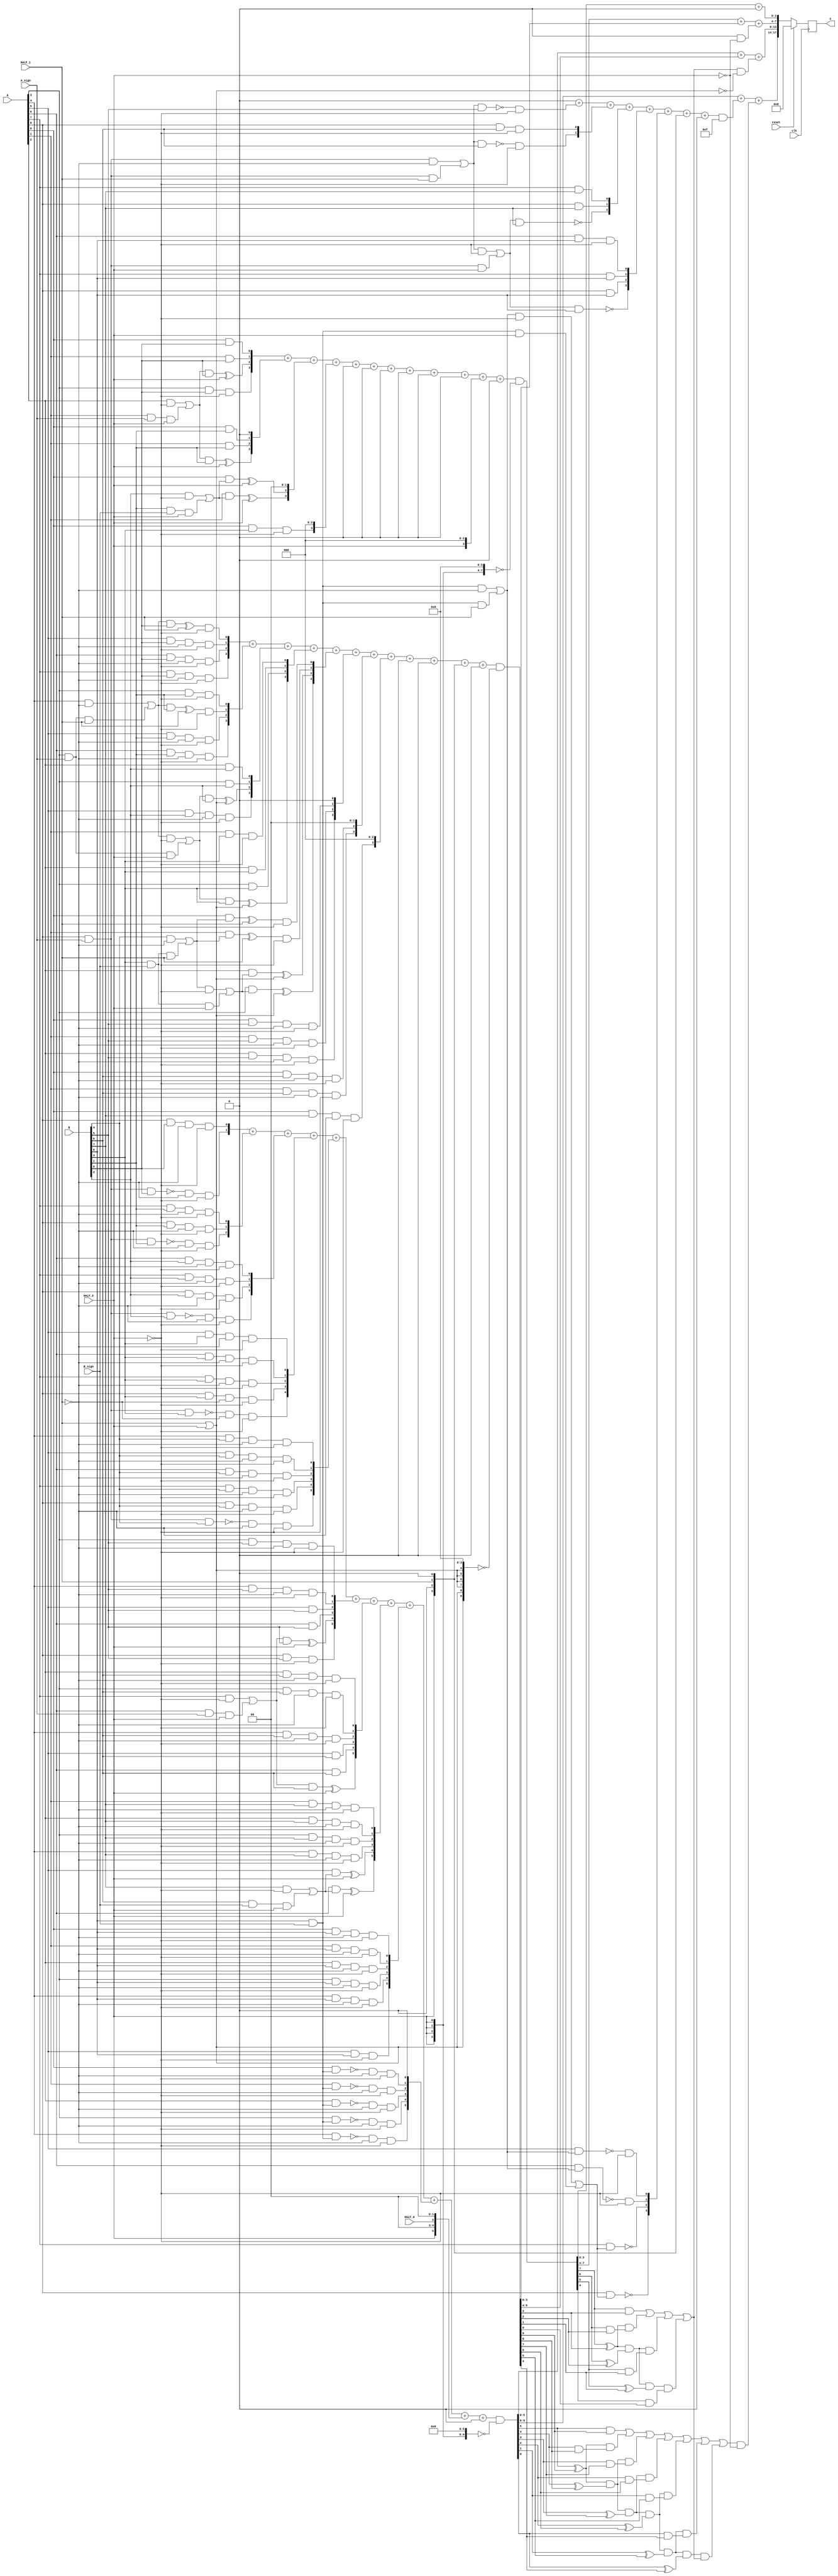
module multiplier_S_C3x3_F2_9bits_9bits_HighLevelDescribed_auto(
		input clk,
		input reset,

		input [A_chop_size-1:0] A,
		input [B_chop_size-1:0] B,

		input A_sign,
		input B_sign,

		input HALF_0,	// a selector bit to switch computation to half mode level 0
		input HALF_1,	// a selector bit to switch computation to half mode level 1
		input HALF_2,	// a selector bit to switch computation to half mode level 2

		output reg [A_chop_size+B_chop_size-1:0] C
	);

parameter A_chop_size = 9;
parameter B_chop_size = 9;

// to support both signed and unsigned multiplication
// sign extension regarding extra sign identifier
wire A_extended_level0_0;
wire B_extended_level0_0;
assign A_extended_level0_0 = (A[8])&(A_sign);
assign B_extended_level0_0 = (B[8])&(B_sign);

wire A_extended_level1_0;
wire B_extended_level1_0;
assign A_extended_level1_0 = (A[8])&(A_sign);
assign B_extended_level1_0 = (B[8])&(B_sign);
wire A_extended_level1_1;
wire B_extended_level1_1;
assign A_extended_level1_1 = (A[3])&(A_sign);
assign B_extended_level1_1 = (B[3])&(B_sign);

wire A_extended_level2_0;
wire B_extended_level2_0;
assign A_extended_level2_0 = (A[8])&(A_sign);
assign B_extended_level2_0 = (B[8])&(B_sign);
wire A_extended_level2_1;
wire B_extended_level2_1;
assign A_extended_level2_1 = (A[6])&(A_sign);
assign B_extended_level2_1 = (B[6])&(B_sign);
wire A_extended_level2_2;
wire B_extended_level2_2;
assign A_extended_level2_2 = (A[3])&(A_sign);
assign B_extended_level2_2 = (B[3])&(B_sign);
wire A_extended_level2_3;
wire B_extended_level2_3;
assign A_extended_level2_3 = (A[1])&(A_sign);
assign B_extended_level2_3 = (B[1])&(B_sign);


reg [A_chop_size:0] PP [B_chop_size:0];
always @(*) begin
	PP[0][0] = (A[0])&(B[0]);
	PP[0][1] = (A[1])&(B[0]);
	PP[0][2] = ((((A[2])&(~(HALF_2)))|((A_extended_level2_3)&(HALF_2)))&(B[0]))^(HALF_2);
	PP[0][3] = ((A[3])&(B[0]))&(~(HALF_2));
	PP[0][4] = (((((A[4])&(~(HALF_1)))|((A_extended_level1_1)&(HALF_1)))&(B[0]))^(HALF_1))&(~(HALF_2));
	PP[0][5] = (((A[5])&(B[0]))&(~(HALF_1)))&(~(HALF_2));
	PP[0][6] = (((A[6])&(B[0]))&(~(HALF_1)))&(~(HALF_2));
	PP[0][7] = (((A[7])&(B[0]))&(~(HALF_1)))&(~(HALF_2));
	PP[0][8] = (((A[8])&(B[0]))&(~(HALF_1)))&(~(HALF_2));
	PP[0][9] = ((~((A_extended_level0_0)&(B[0])))&(~(HALF_1)))&(~(HALF_2));
	PP[1][0] = (A[0])&(B[1]);
	PP[1][1] = (A[1])&(B[1]);
	PP[1][2] = ((((A[2])&(~(HALF_2)))|((A_extended_level2_3)&(HALF_2)))&(B[1]))^(HALF_2);
	PP[1][3] = ((A[3])&(B[1]))&(~(HALF_2));
	PP[1][4] = (((((A[4])&(~(HALF_1)))|((A_extended_level1_1)&(HALF_1)))&(B[1]))^(HALF_1))&(~(HALF_2));
	PP[1][5] = (((A[5])&(B[1]))&(~(HALF_1)))&(~(HALF_2));
	PP[1][6] = (((A[6])&(B[1]))&(~(HALF_1)))&(~(HALF_2));
	PP[1][7] = (((A[7])&(B[1]))&(~(HALF_1)))&(~(HALF_2));
	PP[1][8] = (((A[8])&(B[1]))&(~(HALF_1)))&(~(HALF_2));
	PP[1][9] = ((~((A_extended_level0_0)&(B[1])))&(~(HALF_1)))&(~(HALF_2));
	PP[2][0] = ((A[0])&(((B[2])&(~(HALF_2)))|((B_extended_level2_3)&(HALF_2))))^(HALF_2);
	PP[2][1] = ((A[1])&(((B[2])&(~(HALF_2)))|((B_extended_level2_3)&(HALF_2))))^(HALF_2);
	PP[2][2] = (A[2])&(B[2]);
	PP[2][3] = (A[3])&(B[2]);
	PP[2][4] = ((((((A[4])&(~(HALF_1)))|((A_extended_level1_1)&(HALF_1)))&(~(HALF_2)))|((A_extended_level2_2)&(HALF_2)))&(B[2]))^((HALF_1)|(HALF_2));
	PP[2][5] = (((A[5])&(B[2]))&(~(HALF_1)))&(~(HALF_2));
	PP[2][6] = (((A[6])&(B[2]))&(~(HALF_1)))&(~(HALF_2));
	PP[2][7] = (((A[7])&(B[2]))&(~(HALF_1)))&(~(HALF_2));
	PP[2][8] = (((A[8])&(B[2]))&(~(HALF_1)))&(~(HALF_2));
	PP[2][9] = ((~((A_extended_level0_0)&(B[2])))&(~(HALF_1)))&(~(HALF_2));
	PP[3][0] = ((A[0])&(B[3]))&(~(HALF_2));
	PP[3][1] = ((A[1])&(B[3]))&(~(HALF_2));
	PP[3][2] = (A[2])&(B[3]);
	PP[3][3] = (A[3])&(B[3]);
	PP[3][4] = ((((((A[4])&(~(HALF_1)))|((A_extended_level1_1)&(HALF_1)))&(~(HALF_2)))|((A_extended_level2_2)&(HALF_2)))&(B[3]))^((HALF_1)|(HALF_2));
	PP[3][5] = (((A[5])&(B[3]))&(~(HALF_1)))&(~(HALF_2));
	PP[3][6] = (((A[6])&(B[3]))&(~(HALF_1)))&(~(HALF_2));
	PP[3][7] = (((A[7])&(B[3]))&(~(HALF_1)))&(~(HALF_2));
	PP[3][8] = (((A[8])&(B[3]))&(~(HALF_1)))&(~(HALF_2));
	PP[3][9] = ((~((A_extended_level0_0)&(B[3])))&(~(HALF_1)))&(~(HALF_2));
	PP[4][0] = (((A[0])&(((B[4])&(~(HALF_1)))|((B_extended_level1_1)&(HALF_1))))^(HALF_1))&(~(HALF_2));
	PP[4][1] = (((A[1])&(((B[4])&(~(HALF_1)))|((B_extended_level1_1)&(HALF_1))))^(HALF_1))&(~(HALF_2));
	PP[4][2] = ((A[2])&(((((B[4])&(~(HALF_1)))|((B_extended_level1_1)&(HALF_1)))&(~(HALF_2)))|((B_extended_level2_2)&(HALF_2))))^((HALF_1)|(HALF_2));
	PP[4][3] = ((A[3])&(((((B[4])&(~(HALF_1)))|((B_extended_level1_1)&(HALF_1)))&(~(HALF_2)))|((B_extended_level2_2)&(HALF_2))))^((HALF_1)|(HALF_2));
	PP[4][4] = (((A[4])&(B[4]))&(~(HALF_1)))&(~(HALF_2));
	PP[4][5] = (((A[5])&(B[4]))&(~(HALF_1)))&(~(HALF_2));
	PP[4][6] = (((A[6])&(B[4]))&(~(HALF_1)))&(~(HALF_2));
	PP[4][7] = (((A[7])&(B[4]))&(~(HALF_1)))&(~(HALF_2));
	PP[4][8] = (((A[8])&(B[4]))&(~(HALF_1)))&(~(HALF_2));
	PP[4][9] = ((~((A_extended_level0_0)&(B[4])))&(~(HALF_1)))&(~(HALF_2));
	PP[5][0] = (((A[0])&(B[5]))&(~(HALF_1)))&(~(HALF_2));
	PP[5][1] = (((A[1])&(B[5]))&(~(HALF_1)))&(~(HALF_2));
	PP[5][2] = (((A[2])&(B[5]))&(~(HALF_1)))&(~(HALF_2));
	PP[5][3] = (((A[3])&(B[5]))&(~(HALF_1)))&(~(HALF_2));
	PP[5][4] = (((A[4])&(B[5]))&(~(HALF_1)))&(~(HALF_2));
	PP[5][5] = (A[5])&(B[5]);
	PP[5][6] = (A[6])&(B[5]);
	PP[5][7] = ((((A[7])&(~(HALF_2)))|((A_extended_level2_1)&(HALF_2)))&(B[5]))^(HALF_2);
	PP[5][8] = ((A[8])&(B[5]))&(~(HALF_2));
	PP[5][9] = (~((((A_extended_level0_0)&(~(HALF_1)))|((A_extended_level1_0)&(HALF_1)))&(B[5])))&(~(HALF_2));
	PP[6][0] = (((A[0])&(B[6]))&(~(HALF_1)))&(~(HALF_2));
	PP[6][1] = (((A[1])&(B[6]))&(~(HALF_1)))&(~(HALF_2));
	PP[6][2] = (((A[2])&(B[6]))&(~(HALF_1)))&(~(HALF_2));
	PP[6][3] = (((A[3])&(B[6]))&(~(HALF_1)))&(~(HALF_2));
	PP[6][4] = (((A[4])&(B[6]))&(~(HALF_1)))&(~(HALF_2));
	PP[6][5] = (A[5])&(B[6]);
	PP[6][6] = (A[6])&(B[6]);
	PP[6][7] = ((((A[7])&(~(HALF_2)))|((A_extended_level2_1)&(HALF_2)))&(B[6]))^(HALF_2);
	PP[6][8] = ((A[8])&(B[6]))&(~(HALF_2));
	PP[6][9] = (~((((A_extended_level0_0)&(~(HALF_1)))|((A_extended_level1_0)&(HALF_1)))&(B[6])))&(~(HALF_2));
	PP[7][0] = (((A[0])&(B[7]))&(~(HALF_1)))&(~(HALF_2));
	PP[7][1] = (((A[1])&(B[7]))&(~(HALF_1)))&(~(HALF_2));
	PP[7][2] = (((A[2])&(B[7]))&(~(HALF_1)))&(~(HALF_2));
	PP[7][3] = (((A[3])&(B[7]))&(~(HALF_1)))&(~(HALF_2));
	PP[7][4] = (((A[4])&(B[7]))&(~(HALF_1)))&(~(HALF_2));
	PP[7][5] = ((A[5])&(((B[7])&(~(HALF_2)))|((B_extended_level2_1)&(HALF_2))))^(HALF_2);
	PP[7][6] = ((A[6])&(((B[7])&(~(HALF_2)))|((B_extended_level2_1)&(HALF_2))))^(HALF_2);
	PP[7][7] = (A[7])&(B[7]);
	PP[7][8] = (A[8])&(B[7]);
	PP[7][9] = ~((((((A_extended_level0_0)&(~(HALF_1)))|((A_extended_level1_0)&(HALF_1)))&(~(HALF_2)))|((A_extended_level2_0)&(HALF_2)))&(B[7]));
	PP[8][0] = (((A[0])&(B[8]))&(~(HALF_1)))&(~(HALF_2));
	PP[8][1] = (((A[1])&(B[8]))&(~(HALF_1)))&(~(HALF_2));
	PP[8][2] = (((A[2])&(B[8]))&(~(HALF_1)))&(~(HALF_2));
	PP[8][3] = (((A[3])&(B[8]))&(~(HALF_1)))&(~(HALF_2));
	PP[8][4] = (((A[4])&(B[8]))&(~(HALF_1)))&(~(HALF_2));
	PP[8][5] = ((A[5])&(B[8]))&(~(HALF_2));
	PP[8][6] = ((A[6])&(B[8]))&(~(HALF_2));
	PP[8][7] = (A[7])&(B[8]);
	PP[8][8] = (A[8])&(B[8]);
	PP[8][9] = ~((((((A_extended_level0_0)&(~(HALF_1)))|((A_extended_level1_0)&(HALF_1)))&(~(HALF_2)))|((A_extended_level2_0)&(HALF_2)))&(B[8]));
	PP[9][0] = ((~((A[0])&(B_extended_level0_0)))&(~(HALF_1)))&(~(HALF_2));
	PP[9][1] = ((~((A[1])&(B_extended_level0_0)))&(~(HALF_1)))&(~(HALF_2));
	PP[9][2] = ((~((A[2])&(B_extended_level0_0)))&(~(HALF_1)))&(~(HALF_2));
	PP[9][3] = ((~((A[3])&(B_extended_level0_0)))&(~(HALF_1)))&(~(HALF_2));
	PP[9][4] = ((~((A[4])&(B_extended_level0_0)))&(~(HALF_1)))&(~(HALF_2));
	PP[9][5] = (~((A[5])&(((B_extended_level0_0)&(~(HALF_1)))|((B_extended_level1_0)&(HALF_1)))))&(~(HALF_2));
	PP[9][6] = (~((A[6])&(((B_extended_level0_0)&(~(HALF_1)))|((B_extended_level1_0)&(HALF_1)))))&(~(HALF_2));
	PP[9][7] = ~((A[7])&(((((B_extended_level0_0)&(~(HALF_1)))|((B_extended_level1_0)&(HALF_1)))&(~(HALF_2)))|((B_extended_level2_0)&(HALF_2))));
	PP[9][8] = ~((A[8])&(((((B_extended_level0_0)&(~(HALF_1)))|((B_extended_level1_0)&(HALF_1)))&(~(HALF_2)))|((B_extended_level2_0)&(HALF_2))));
	PP[9][9] = (A_extended_level0_0)&(B_extended_level0_0);
end

// sum of PPs
integer j;
integer i_0;
integer i_1;
integer i_2;
integer i_3;

wire [18:0] Baugh_Wooley_0;
assign Baugh_Wooley_0 = {{1'b0},{(HALF_2)|(1'b0)},{1'b0},{(HALF_1)|(1'b0)},{1'b0},{(HALF_2)|(1'b0)},{1'b0},{1'b0},{(HALF_0)|(1'b0)},{1'b0},{1'b0},{(HALF_2)|(1'b0)},{1'b0},{(HALF_1)|(1'b0)},{1'b0},{(HALF_2)|(1'b0)},{1'b0},{1'b0},{1'b0}};
wire [18:0] Baugh_Wooley_1;
assign Baugh_Wooley_1 = {{1'b0},{1'b0},{1'b0},{1'b0},{1'b0},{1'b0},{1'b0},{1'b0},{1'b0},{1'b0},{1'b0},{1'b0},{1'b0},{1'b0},{1'b0},{1'b0},{1'b0},{1'b0},{1'b0}};

reg [18:0] PP_temp [9:0];
always @(*) begin
	for (j = 0; j < (B_chop_size +1); j = j + 1 ) begin
		PP_temp[j] = 19'b0 ;
	end
	for (j = 0; j < (B_chop_size +1); j = j + 1 ) begin
		PP_temp[j] = (PP[j] << j);
	end
end

reg [17:0] C_temp_0;
reg [17:0] C_temp_1;
reg [17:0] C_0;
reg [17:0] C_1;
always @(*) begin
	C_temp_1 [3:0] = 4'b0;
	C_1 [3:0] = C_temp_1 [3:0];
	C_temp_0[7:0] = PP_temp[0][3: 0] + PP_temp[1][3: 0] + PP_temp[2][3: 0] + PP_temp[3][3: 0] + PP_temp[4][3: 0] + PP_temp[5][3: 0] + PP_temp[6][3: 0] + PP_temp[7][3: 0] + PP_temp[8][3: 0] + PP_temp[9][3: 0] + Baugh_Wooley_0[3: 0] + Baugh_Wooley_1[3: 0];
	C_0[7:0] = (C_temp_0[7:0])&(~({{4{HALF_2}},{4{1'b0}}}));
	C_temp_1[13:4] = PP_temp[0][7: 4] + PP_temp[1][7: 4] + PP_temp[2][7: 4] + PP_temp[3][7: 4] + PP_temp[4][7: 4] + PP_temp[5][7: 4] + PP_temp[6][7: 4] + PP_temp[7][7: 4] + PP_temp[8][7: 4] + PP_temp[9][7: 4] + Baugh_Wooley_0[7: 4] + Baugh_Wooley_1[7: 4];
	C_1[13:4] = (C_temp_1[13:4])&(~({{6{(HALF_1)|(HALF_2)}},{4{1'b0}}}));
	C_temp_0[17:8] = PP_temp[0][13: 8] + PP_temp[1][13: 8] + PP_temp[2][13: 8] + PP_temp[3][13: 8] + PP_temp[4][13: 8] + PP_temp[5][13: 8] + PP_temp[6][13: 8] + PP_temp[7][13: 8] + PP_temp[8][13: 8] + PP_temp[9][13: 8] + Baugh_Wooley_0[13: 8] + Baugh_Wooley_1[13: 8];
	C_0[17:8] = (C_temp_0[17:8])&(~({{4{HALF_2}},{6{1'b0}}}));
	C_temp_1[17:14] = PP_temp[0][17: 14] + PP_temp[1][17: 14] + PP_temp[2][17: 14] + PP_temp[3][17: 14] + PP_temp[4][17: 14] + PP_temp[5][17: 14] + PP_temp[6][17: 14] + PP_temp[7][17: 14] + PP_temp[8][17: 14] + PP_temp[9][17: 14] + Baugh_Wooley_0[17: 14] + Baugh_Wooley_1[17: 14];
	C_1[17:14] = (C_temp_1[17:14])&(~({{0{((HALF_0)|(HALF_1))|(HALF_2)}},{4{1'b0}}}));
end

reg C_carry_temp_0;
reg C_carry_temp_1;
reg C_carry_temp_2;
reg signed [A_chop_size+B_chop_size-1:0] C_temp;
always @(*) begin
	C_temp[3: 0] = C_0[3: 0] + C_1[3: 0];
	C_carry_temp_0 = ((((C_0[3])&(C_1[3])))|(((C_0[3])^(C_1[3]))&((C_0[2])&(C_1[2])))|(((C_0[3])^(C_1[3]))&((C_0[2])^(C_1[2]))&((C_0[1])&(C_1[1])))|(((C_0[3])^(C_1[3]))&((C_0[2])^(C_1[2]))&((C_0[1])^(C_1[1]))&((C_0[0])&(C_1[0])))|(((C_0[3])^(C_1[3]))&((C_0[2])^(C_1[2]))&((C_0[1])^(C_1[1]))&((C_0[0])^(C_1[0]))&(1'b0)));
	C_temp[7: 4] = C_0[7: 4] + C_1[7: 4] + ((C_carry_temp_0)&(~(HALF_2)));
	C_carry_temp_1 = ((((C_0[7])&(C_1[7])))|(((C_0[7])^(C_1[7]))&((C_0[6])&(C_1[6])))|(((C_0[7])^(C_1[7]))&((C_0[6])^(C_1[6]))&((C_0[5])&(C_1[5])))|(((C_0[7])^(C_1[7]))&((C_0[6])^(C_1[6]))&((C_0[5])^(C_1[5]))&((C_0[4])&(C_1[4])))|(((C_0[7])^(C_1[7]))&((C_0[6])^(C_1[6]))&((C_0[5])^(C_1[5]))&((C_0[4])^(C_1[4]))&C_carry_temp_0));
	C_temp[13: 8] = C_0[13: 8] + C_1[13: 8] + ((C_carry_temp_1)&(~((HALF_1)|(HALF_2))));
	C_carry_temp_2 = ((((C_0[13])&(C_1[13])))|(((C_0[13])^(C_1[13]))&((C_0[12])&(C_1[12])))|(((C_0[13])^(C_1[13]))&((C_0[12])^(C_1[12]))&((C_0[11])&(C_1[11])))|(((C_0[13])^(C_1[13]))&((C_0[12])^(C_1[12]))&((C_0[11])^(C_1[11]))&((C_0[10])&(C_1[10])))|(((C_0[13])^(C_1[13]))&((C_0[12])^(C_1[12]))&((C_0[11])^(C_1[11]))&((C_0[10])^(C_1[10]))&((C_0[9])&(C_1[9])))|(((C_0[13])^(C_1[13]))&((C_0[12])^(C_1[12]))&((C_0[11])^(C_1[11]))&((C_0[10])^(C_1[10]))&((C_0[9])^(C_1[9]))&((C_0[8])&(C_1[8])))|(((C_0[13])^(C_1[13]))&((C_0[12])^(C_1[12]))&((C_0[11])^(C_1[11]))&((C_0[10])^(C_1[10]))&((C_0[9])^(C_1[9]))&((C_0[8])^(C_1[8]))&C_carry_temp_1));
	C_temp[17: 14] = C_0[17: 14] + C_1[17: 14] + ((C_carry_temp_2)&(~(HALF_2)));
end
always @ (posedge clk) begin
	if(reset)
		C <= 0;
	else
		C <= C_temp[A_chop_size+B_chop_size-1:0];
end


endmodule